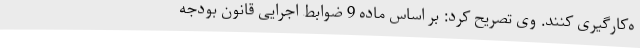
ه‌کارگیری کنند. وی تصریح کرد: بر اساس ماده 9 ضوابط اجرایی قانون بودجه